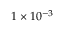
1 \times 1 0 ^ { - 3 }